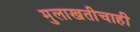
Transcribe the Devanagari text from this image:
मुलाखतीचाही